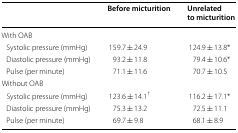
|  | Before micturition | Unrelated to micturition |
 | --- | --- | --- |
 | <COLSPAN=3> With OAB |
 | Systolic pressure (mmHg) | 159.7 ± 24.9 | 124.9 ± 13.8* |
 | Diastolic pressure (mmHg) | 93.2 ± 11.8 | 79.4 ± 10.6* |
 | Pulse (per minute) | 71.1 ± 11.6 | 70.7 ± 10.5 |
 | <COLSPAN=3> Without OAB |
 | Systolic pressure (mmHg) | 123.6 ± 14.1† | 116.2 ± 17.1* |
 | Diastolic pressure (mmHg) | 75.3 ± 13.2 | 72.5 ± 11.1 |
 | Pulse (per minute) | 69.7 ± 9.8 | 68.1 ± 8.9 |